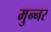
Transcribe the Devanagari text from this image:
मुन्नर